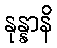
နုန္နာနိ